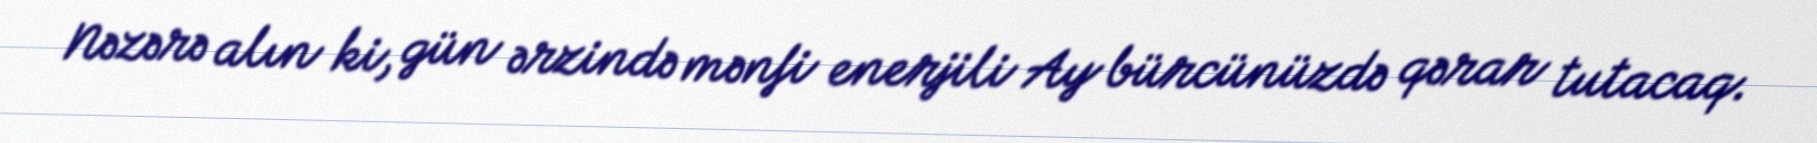
Nəzərə alın ki, gün ərzində mənfi enerjili Ay bürcünüzdə qərar tutacaq.